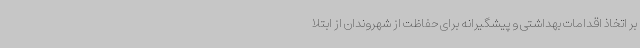
بر اتخاذ اقدامات بهداشتی و پیشگیرانه برای حفاظت از شهروندان از ابتلا